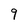
Character: 9